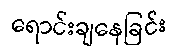
ရောင်းချနေခြင်း